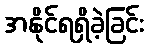
အနိုင်ရရှိခဲ့ခြင်း